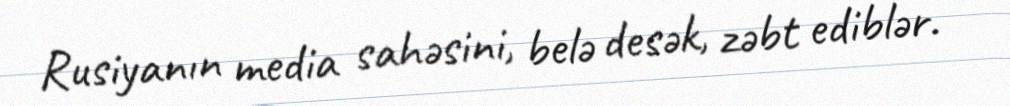
Rusiyanın media sahəsini, belə desək, zəbt ediblər.